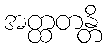
အတ္ထတန္တိ